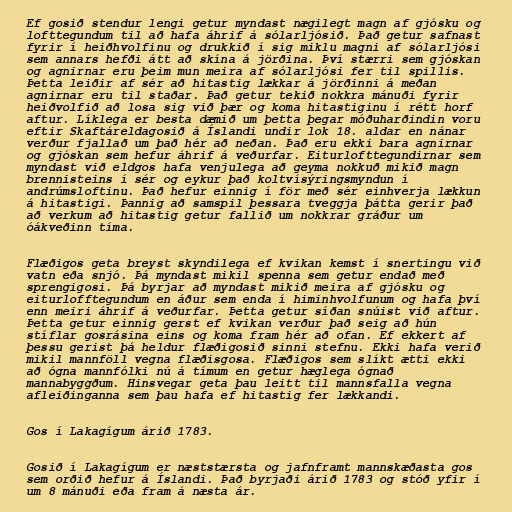
Ef gosið stendur lengi getur myndast nægilegt magn af gjósku og
lofttegundum til að hafa áhrif á sólarljósið. Það getur safnast
fyrir í heiðhvolfinu og drukkið í sig miklu magni af sólarljósi
sem annars hefði átt að skína á jörðina. Því stærri sem gjóskan
og agnirnar eru þeim mun meira af sólarljósi fer til spillis.
Þetta leiðir af sér að hitastig lækkar á jörðinni á meðan
agnirnar eru til staðar. Það getur tekið nokkra mánuði fyrir
heiðvolfið að losa sig við þær og koma hitastiginu í rétt horf
aftur. Líklega er besta dæmið um þetta þegar móðuharðindin voru
eftir Skaftáreldagosið á Íslandi undir lok 18. aldar en nánar
verður fjallað um það hér að neðan. Það eru ekki bara agnirnar
og gjóskan sem hefur áhrif á veðurfar. Eiturlofttegundirnar sem
myndast við eldgos hafa venjulega að geyma nokkuð mikið magn
brennisteins í sér og eykur það koltvísýringsmyndun í
andrúmsloftinu. Það hefur einnig í för með sér einhverja lækkun
á hitastigi. Þannig að samspil þessara tveggja þátta gerir það
að verkum að hitastig getur fallið um nokkrar gráður um
óákveðinn tíma.

Flæðigos geta breyst skyndilega ef kvikan kemst í snertingu við
vatn eða snjó. Þá myndast mikil spenna sem getur endað með
sprengigosi. Þá byrjar að myndast mikið meira af gjósku og
eiturlofftegundum en áður sem enda í himinhvolfunum og hafa því
enn meiri áhrif á veðurfar. Þetta getur síðan snúist við aftur.
Þetta getur einnig gerst ef kvikan verður það seig að hún
stíflar gosrásina eins og koma fram hér að ofan. Ef ekkert af
þessu gerist þá heldur flæðigosið sinni stefnu. Ekki hafa verið
mikil mannföll vegna flæðisgosa. Flæðigos sem slíkt ætti ekki
að ógna mannfólki nú á tímum en getur hæglega ógnað
mannabyggðum. Hinsvegar geta þau leitt til mannsfalla vegna
afleiðinganna sem þau hafa ef hitastig fer lækkandi.

Gos í Lakagígum árið 1783.

Gosið í Lakagígum er næststærsta og jafnframt mannskæðasta gos
sem orðið hefur á Íslandi. Það byrjaði árið 1783 og stóð yfir í
um 8 mánuði eða fram á næsta ár.